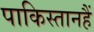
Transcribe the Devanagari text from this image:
पाकिस्तानहैं